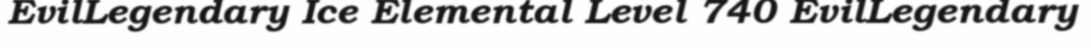
EvilLegendary Ice Elemental Level 740 EvilLegendary